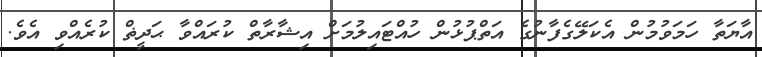
އާޔަތާ ހަމަވުމުން އެކަލޭގެފާނުގެ އަތްޕުޅުން ހުއްޓައިލުމަށް އިޝާރާތް ކުރައްވާ ޙަދީޡް ކުރެއްވި އެވެ.